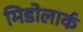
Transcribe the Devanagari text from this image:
मिडोलार्क